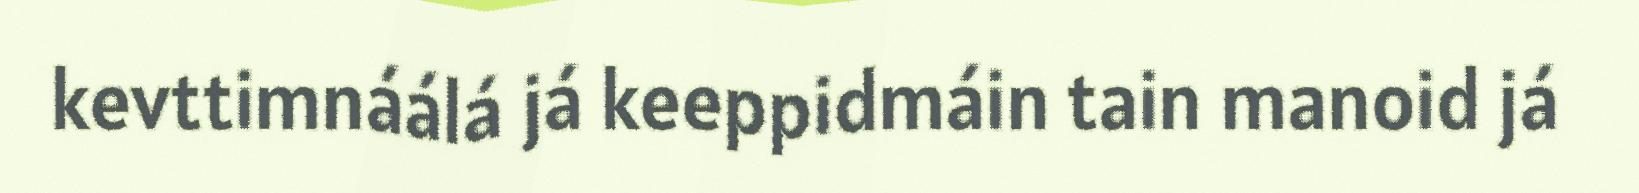
kevttimnáálá já keeppidmáin tain manoid já